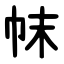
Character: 帓